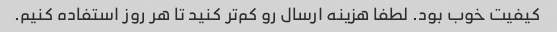
کیفیت خوب بود. لطفا هزینه ارسال رو کم‌تر کنید تا هر روز استفاده کنیم.